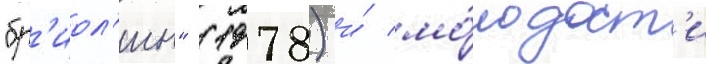
"бр'иол'ин" (1978) и́ мо́лодост'и